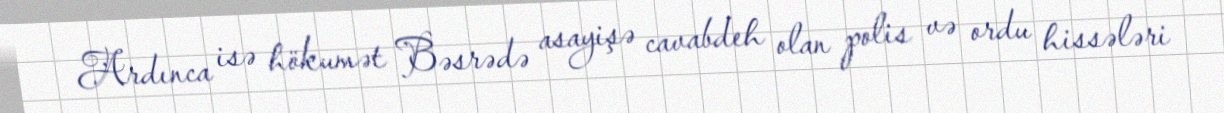
Ardınca isə hökumət Bəsrədə asayişə cavabdeh olan polis və ordu hissələri